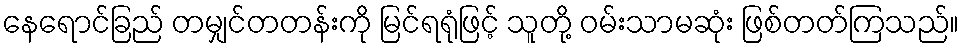
နေရောင်ခြည် တမျှင်တတန်းကို မြင်ရရုံဖြင့် သူတို့ ဝမ်းသာမဆုံး ဖြစ်တတ်ကြသည်။